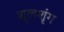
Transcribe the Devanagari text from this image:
शूलशृंग